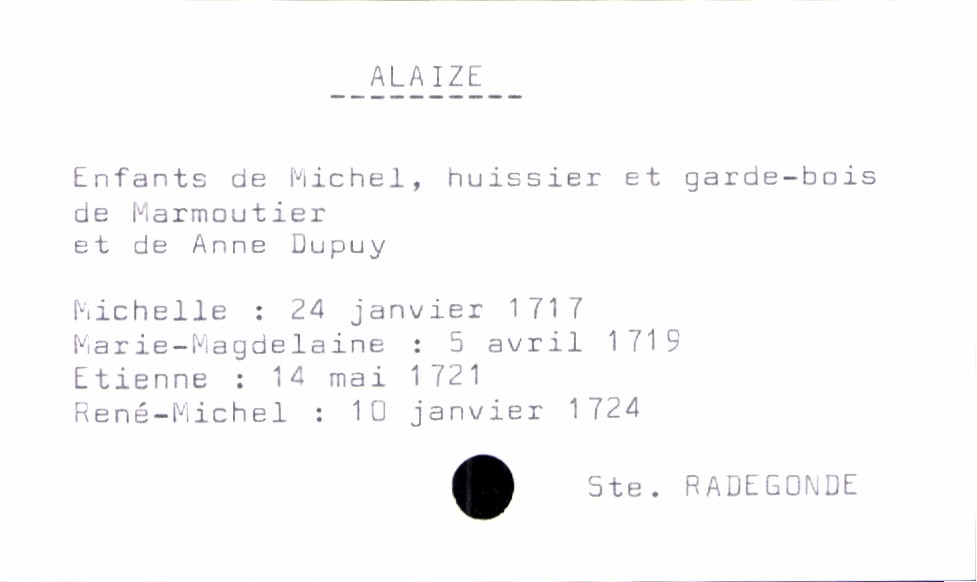
type_acte: Baptême
filiation: fils
enfant_prénom: René-Michel
enfant_date_de_naissance: 10 janvier 1724
enfant_lieu_de_naissance: Sainte Radegonde
père_enfant_nom: Alaize
père_enfant_prénom: Michel
père_enfant_profession: huissier et garde-bois de Marmoutier
mère_enfant_nom: Dupuy
mère_enfant_prénom: Anne